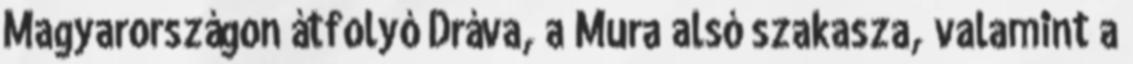
Magyarországon átfolyó Dráva, a Mura alsó szakasza, valamint a